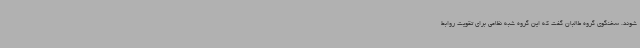
شوند. سخنگوی گروه طالبان گفت که این گروه شبه نظامی برای تقویت روابط